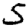
Digit: 5